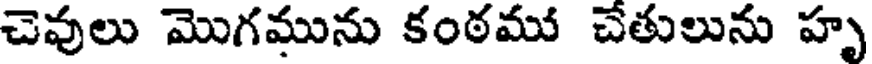
చెవులు మొగమును కంఠము చేతులును హృ